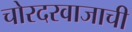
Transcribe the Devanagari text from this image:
चोरदरवाजाची